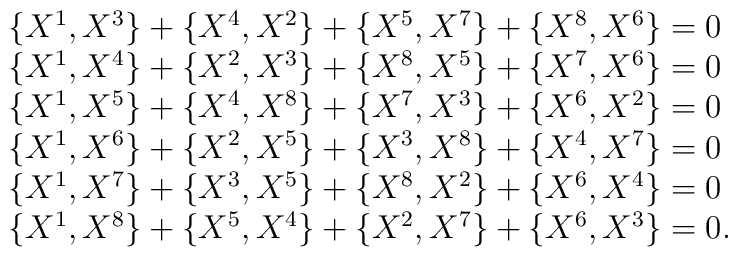
\begin{array}{lcr}\{X^1,X^3\}+\{X^4,X^2\}+\{X^5,X^7\}+\{X^8,X^6\}=0\\\{X^1,X^4\}+\{X^2,X^3\}+\{X^8,X^5\}+\{X^7,X^6\}=0\\\{X^1,X^5\}+\{X^4,X^8\}+\{X^7,X^3\}+\{X^6,X^2\}=0\\\{X^1,X^6\}+\{X^2,X^5\}+\{X^3,X^8\}+\{X^4,X^7\}=0\\\{X^1,X^7\}+\{X^3,X^5\}+\{X^8,X^2\}+\{X^6,X^4\}=0\\\{X^1,X^8\}+\{X^5,X^4\}+\{X^2,X^7\}+\{X^6,X^3\}=0 .\end{array}